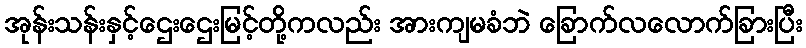
အုန်းသန်းနှင့်ဌေးဌေးမြင့်တို့ကလည်း အားကျမခံဘဲ ခြောက်လလောက်ခြားပြီး